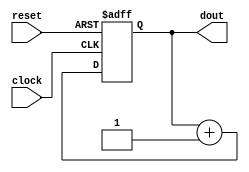
module edge_counter  # (parameter WIDTH = 8) 
(
 input  clock,
 input  reset ,
 output [WIDTH-1:0] dout 
 );


reg [WIDTH-1:0] EdgeCount;


always @(posedge clock or posedge reset)
	begin
		if (reset) EdgeCount <= {WIDTH{1'b0}};		
		else EdgeCount <= EdgeCount +  {{(WIDTH-1){1'b0}}, 1'b1};
	end


assign dout = EdgeCount;

endmodule